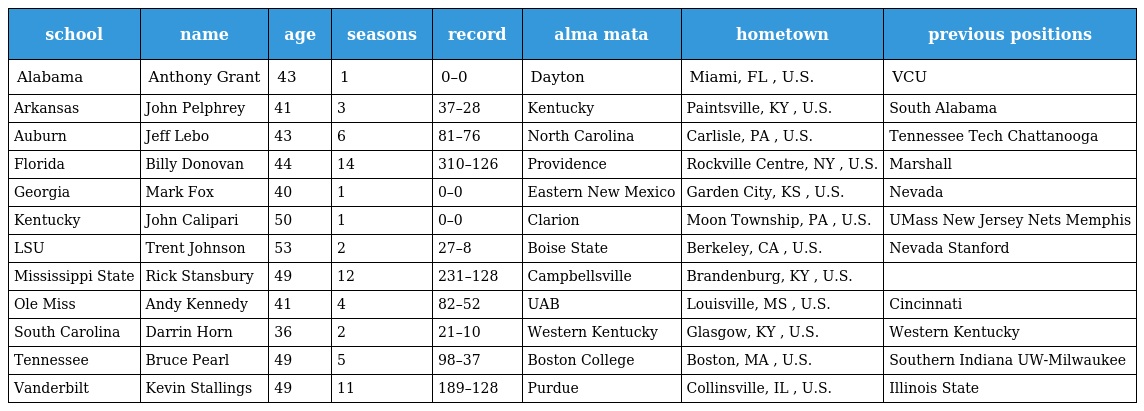
| school | name | age | seasons | record | alma mata | hometown | previous positions |
 | --- | --- | --- | --- | --- | --- | --- | --- |
 | Alabama | Anthony Grant | 43 | 1 | 0–0 | Dayton | Miami, FL , U.S. | VCU |
 | Arkansas | John Pelphrey | 41 | 3 | 37–28 | Kentucky | Paintsville, KY , U.S. | South Alabama |
 | Auburn | Jeff Lebo | 43 | 6 | 81–76 | North Carolina | Carlisle, PA , U.S. | Tennessee Tech Chattanooga |
 | Florida | Billy Donovan | 44 | 14 | 310–126 | Providence | Rockville Centre, NY , U.S. | Marshall |
 | Georgia | Mark Fox | 40 | 1 | 0–0 | Eastern New Mexico | Garden City, KS , U.S. | Nevada |
 | Kentucky | John Calipari | 50 | 1 | 0–0 | Clarion | Moon Township, PA , U.S. | UMass New Jersey Nets Memphis |
 | LSU | Trent Johnson | 53 | 2 | 27–8 | Boise State | Berkeley, CA , U.S. | Nevada Stanford |
 | Mississippi State | Rick Stansbury | 49 | 12 | 231–128 | Campbellsville | Brandenburg, KY , U.S. |  |
 | Ole Miss | Andy Kennedy | 41 | 4 | 82–52 | UAB | Louisville, MS , U.S. | Cincinnati |
 | South Carolina | Darrin Horn | 36 | 2 | 21–10 | Western Kentucky | Glasgow, KY , U.S. | Western Kentucky |
 | Tennessee | Bruce Pearl | 49 | 5 | 98–37 | Boston College | Boston, MA , U.S. | Southern Indiana UW-Milwaukee |
 | Vanderbilt | Kevin Stallings | 49 | 11 | 189–128 | Purdue | Collinsville, IL , U.S. | Illinois State |